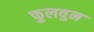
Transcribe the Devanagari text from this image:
फुलवुन